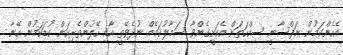
އެހެންކަމުން ނަފްސާނީ ސިއްހަތަށް އެކަށީގެންވާ ސަމާލުކަމެއް ނުދެވޭތީ އާއި ހޭލުންތެރިކަން ކުޑަކަމުން އޭނާ